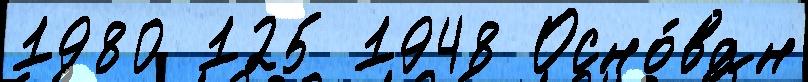
1980 125 1948 Осно́ван